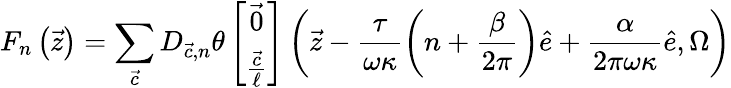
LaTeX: F_{n}\left({\vec{z}}\right)=\sum_{{\vec{c}}}D_{{\vec{c}},n}\theta\left[\begin{array}{c}{{{\vec{0}}}}\\ {{\frac{{\vec{c}}}{\ell}}}\end{array}\right]\left({\vec{z}}-\frac{\tau}{\omega\kappa}\left(n+\frac{\beta}{2\pi}\right){\hat{e}}+\frac{\alpha}{2\pi\omega\kappa}{\hat{e}},\Omega\right)